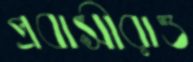
প্রবাসীরাও